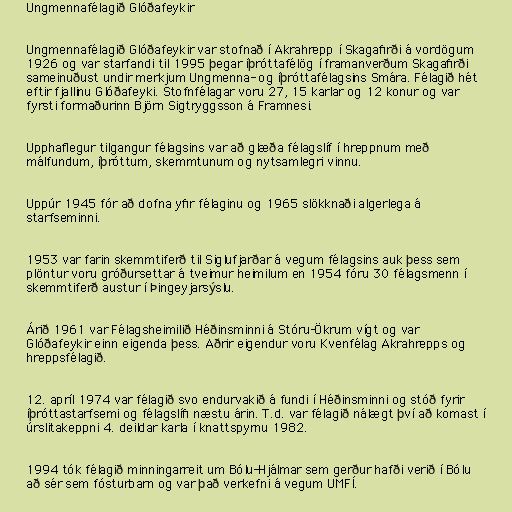
Ungmennafélagið Glóðafeykir

Ungmennafélagið Glóðafeykir var stofnað í Akrahrepp í Skagafirði á vordögum
1926 og var starfandi til 1995 þegar íþróttafélög í framanverðum Skagafirði
sameinuðust undir merkjum Ungmenna- og íþróttafélagsins Smára. Félagið hét
eftir fjallinu Glóðafeyki. Stofnfélagar voru 27, 15 karlar og 12 konur og var
fyrsti formaðurinn Björn Sigtryggsson á Framnesi.

Upphaflegur tilgangur félagsins var að glæða félagslíf í hreppnum með
málfundum, íþróttum, skemmtunum og nytsamlegri vinnu.

Uppúr 1945 fór að dofna yfir félaginu og 1965 slökknaði algerlega á
starfseminni.

1953 var farin skemmtiferð til Siglufjarðar á vegum félagsins auk þess sem
plöntur voru gróðursettar á tveimur heimilum en 1954 fóru 30 félagsmenn í
skemmtiferð austur í Þingeyjarsýslu.

Árið 1961 var Félagsheimilið Héðinsminni á Stóru-Ökrum vígt og var
Glóðafeykir einn eigenda þess. Aðrir eigendur voru Kvenfélag Akrahrepps og
hreppsfélagið.

12. apríl 1974 var félagið svo endurvakið á fundi í Héðinsminni og stóð fyrir
íþróttastarfsemi og félagslífi næstu árin. T.d. var félagið nálægt því að komast í
úrslitakeppni 4. deildar karla í knattspyrnu 1982.

1994 tók félagið minningarreit um Bólu-Hjálmar sem gerður hafði verið í Bólu
að sér sem fósturbarn og var það verkefni á vegum UMFÍ.